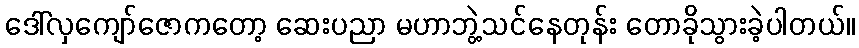
ဒေါ်လှကျော်ဇောကတော့ ဆေးပညာ မဟာဘွဲ့သင်နေတုန်း တောခိုသွားခဲ့ပါတယ်။